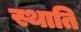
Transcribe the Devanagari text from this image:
स्थाति